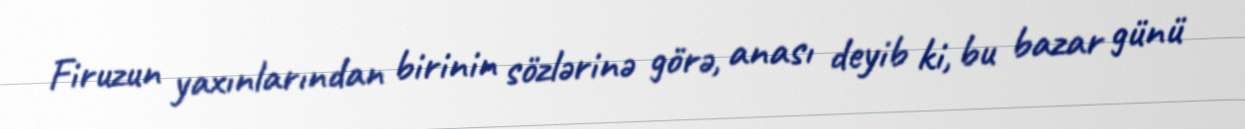
Firuzun yaxınlarından birinin sözlərinə görə, anası deyib ki, bu bazar günü